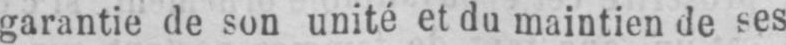
garantie de son unité et du maintien de ses